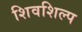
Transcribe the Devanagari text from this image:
शिवशिल्प